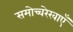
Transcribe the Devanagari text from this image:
समोच्चरेखाएँ